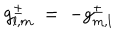
LaTeX: g _ { l , m } ^ { \pm } \; = \; - g _ { m , l } ^ { \pm }